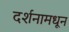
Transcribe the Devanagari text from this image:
दर्शनामधून